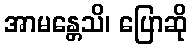
အာမန္တေသိ၊ ပြောဆို